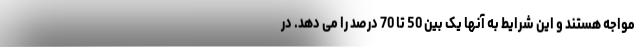
مواجه هستند و این شرایط به آنها یک بین 50 تا 70 درصد را می دهد. در